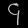
Digit: ၄